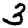
Digit: 3